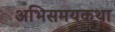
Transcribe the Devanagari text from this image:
अभिसमयकथा